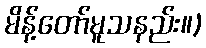
မိန့်တော်မူသနည်း။)